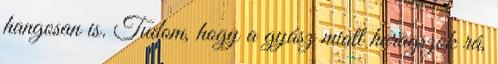
hangosan is. Tudom, hogy a gyász miatt haragszok rá,